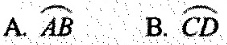
A. \stackrel\frown{AB} B. \stackrel\frown{CD}